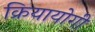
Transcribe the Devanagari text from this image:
क्रियायोगी